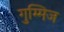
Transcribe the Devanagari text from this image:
गुम्मिज